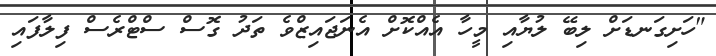
"ހަށިގަނޑަށް ލިބޭ ލުޔާއި މީހާ އެއްކޮށް އެނަޖައިޒްވެ ތަދު ގޮސް ސްޓްރެސް ފިލާފައި